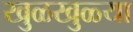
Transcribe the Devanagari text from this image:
खुळखुळ्या